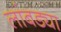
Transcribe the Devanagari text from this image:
लांबड्या